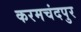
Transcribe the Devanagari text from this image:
करमचंदपुर